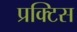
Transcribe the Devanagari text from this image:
प्रक्‍टिस